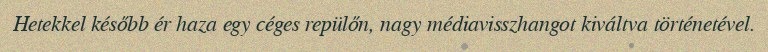
Hetekkel később ér haza egy céges repülőn, nagy médiavisszhangot kiváltva történetével.